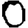
Digit: 0